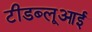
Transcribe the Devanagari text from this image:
टीडब्लूआई